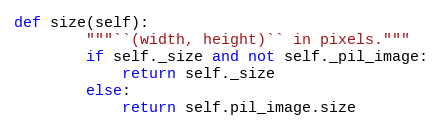
Language: Python
def size(self):
        """``(width, height)`` in pixels."""
        if self._size and not self._pil_image:
            return self._size
        else:
            return self.pil_image.size